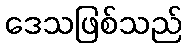
ဒေသဖြစ်သည်